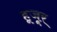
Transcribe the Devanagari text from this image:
हूजूर